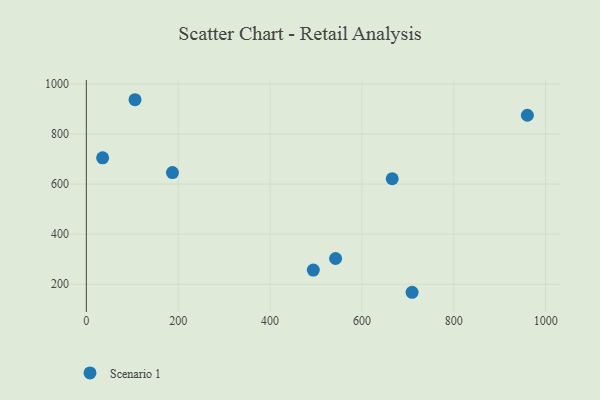
{"axis": {"x": "Experience", "y": "Exam Score"}, "legend": ["Scenario 1"], "data": [{"x": "35.5", "y": 704.7, "type": "Scenario 1"}, {"x": "542.6", "y": 302.6, "type": "Scenario 1"}, {"x": "106.0", "y": 936.7, "type": "Scenario 1"}, {"x": "494.1", "y": 256.6, "type": "Scenario 1"}, {"x": "960.1", "y": 874.7, "type": "Scenario 1"}, {"x": "187.5", "y": 645.9, "type": "Scenario 1"}, {"x": "665.9", "y": 621.2, "type": "Scenario 1"}, {"x": "709.2", "y": 167.8, "type": "Scenario 1"}]}